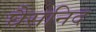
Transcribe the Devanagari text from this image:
घैसनिद